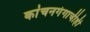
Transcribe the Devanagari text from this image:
कांचनगंगाचीही